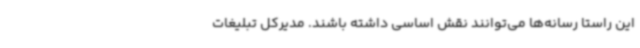
این راستا رسانه‌ها می‌توانند نقش اساسی داشته باشند. مدیرکل تبلیغات